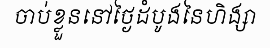
ចាប់ខ្លួននៅថ្ងៃដំបូងនៃហិង្សា